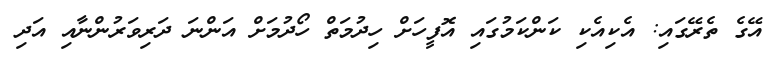
އޭގެ ތެރޭގައި: އެކިއެކި ކަންކަމުގައި އޮފީހަށް ހިދުމަތް ހޯދުމަށް އަންނަ ދަރިވަރުންނާއި އަދި